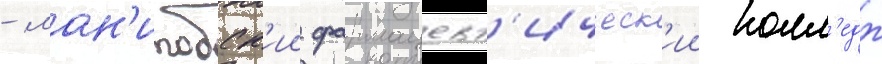
- ман'итобск'ии фармацевт'ическ'ии колл'едж